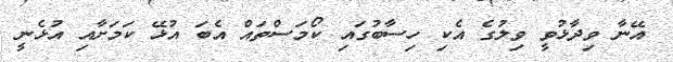
އޭނާ ވިދާޅުވީ ވިލުގެ އެކި ހިސާބުގައި ކޯމަސްތައް އެބަ އުޅޭ ކަމަށާއި އުޅެނީ